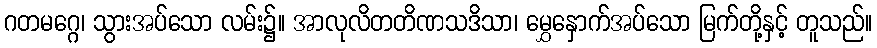
ဂတမဂ္ဂေ၊ သွားအပ်သော လမ်း၌။ အာလုလိတတိဏသဒိသာ၊ မွှေနှောက်အပ်သော မြက်တို့နှင့် တူသည်။